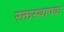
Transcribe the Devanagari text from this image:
रक्तस्थापक